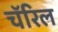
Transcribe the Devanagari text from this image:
चॅरिल